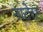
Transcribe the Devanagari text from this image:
नाटेरर